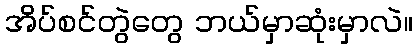
အိပ်စင်တွဲတွေ ဘယ်မှာဆုံးမှာလဲ။